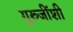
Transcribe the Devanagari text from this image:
गुरुजींशी